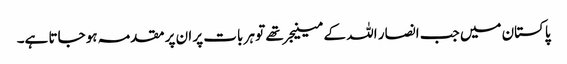
پاکستان میں جب انصار اللہ کے مینیجر تھے تو ہر بات پر ان پر مقدمہ ہو جاتا ہے۔